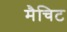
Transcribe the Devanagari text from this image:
मैचिट